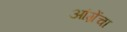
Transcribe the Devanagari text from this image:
आंग्रेंचा